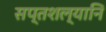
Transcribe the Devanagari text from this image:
सप्तशल्यानि